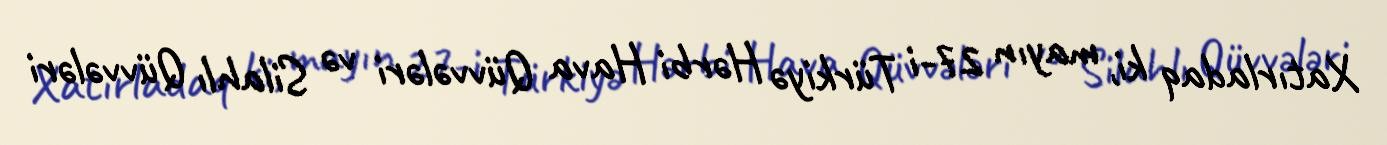
Xatırladaq ki, mayın 27-i Türkiyə Hərbi Hava Qüvvələri və Silahlı Qüvvələri